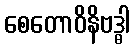
စေတောဝိနိဗဒ္ဓါ